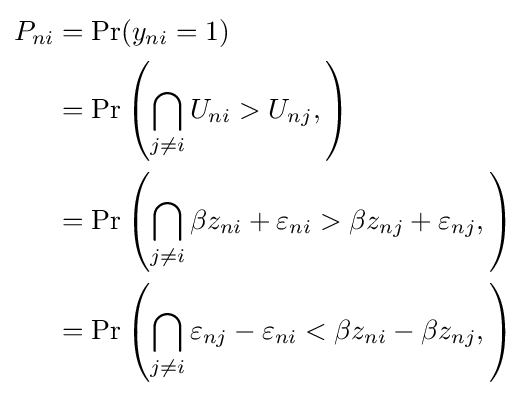
{\begin{aligned}P_{ni}&=\Pr(y_{ni}=1)\\&=\Pr \left(\bigcap _{j\neq i}U_{ni}>U_{nj},\right)\\&=\Pr \left(\bigcap _{j\neq i}\beta z_{ni}+\varepsilon _{ni}>\beta z_{nj}+\varepsilon _{nj},\right)\\&=\Pr \left(\bigcap _{j\neq i}\varepsilon _{nj}-\varepsilon _{ni}<\beta z_{ni}-\beta z_{nj},\right)\end{aligned}}